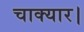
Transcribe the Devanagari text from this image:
चाक्यार।